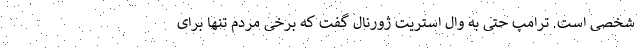
شخصی است. ترامپ حتی به وال استریت ژورنال گفت که برخی مردم تنها برای